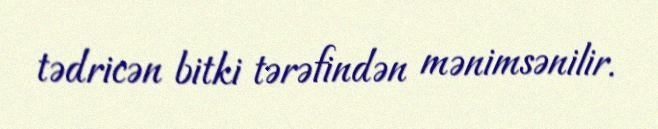
tədricən bitki tərəfindən mənimsənilir.